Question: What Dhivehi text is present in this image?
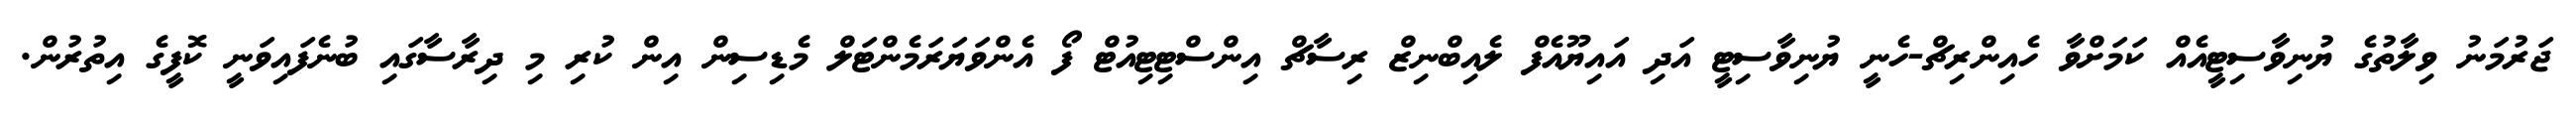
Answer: ޖަރުމަނު ވިލާތުގެ ޔުނިވާސިޓީއެއް ކަމަށްވާ ހެއިންރިޗް-ހެނީ ޔުނިވާސިޓީ އަދި އައިޔޫއެފް ލެއިބްނިޒް ރިސާޗް އިންސްޓިޓިއުޓް ފޯ އެންވަޔަރަމެންޓަލް މެޑިސިން އިން ކުރި މި ދިރާސާގައި ބުނެފައިވަނީ ކޮފީގެ އިތުރުން.